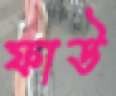
ফাউ